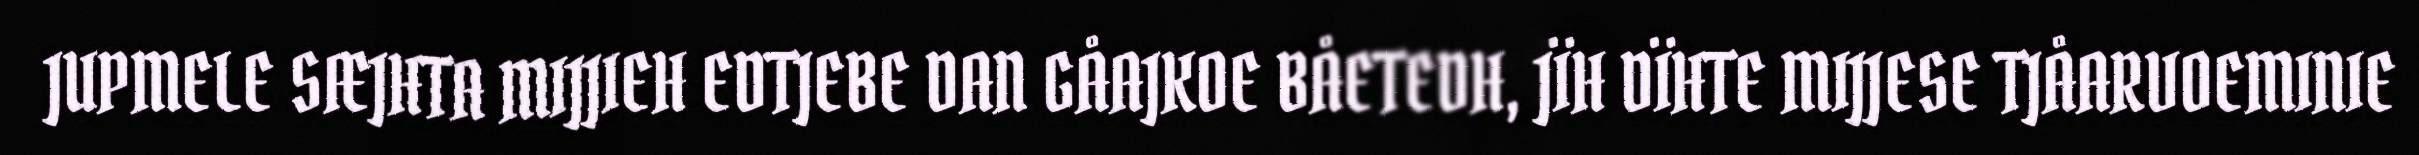
JUPMELE SÆJHTA MIJJIEH EDTJEBE DAN GÅAJKOE BÅETEDH, JÏH DÏHTE MIJJESE TJÅARVOEMINIE